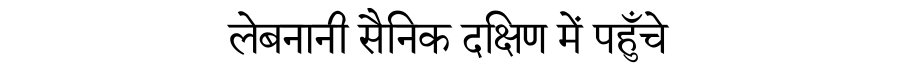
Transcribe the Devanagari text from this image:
लेबनानी सैनिक दक्षिण में पहुँचे